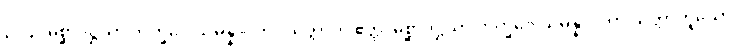
၃၀၄။ မိစ္ဆာဒိဋ္ဌိယာ ဘိက္ခဝေ သမန္နာဂတာ သတ္တာတိ ဧတ္ထ၊ မိစ္ဆာဒိဋ္ဌိယာ ဘိက္ခဝေ သမန္နာဂတာ သတ္တာဟူသော